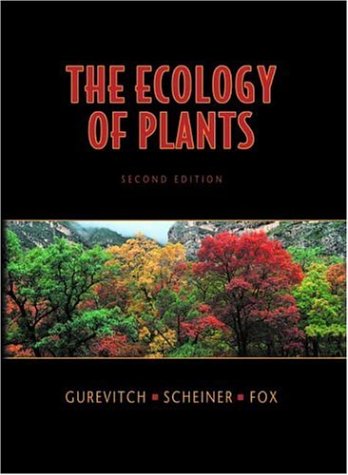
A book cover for The Ecology of Plants, Second Edition; Jessica Gurevitch; Science & Math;